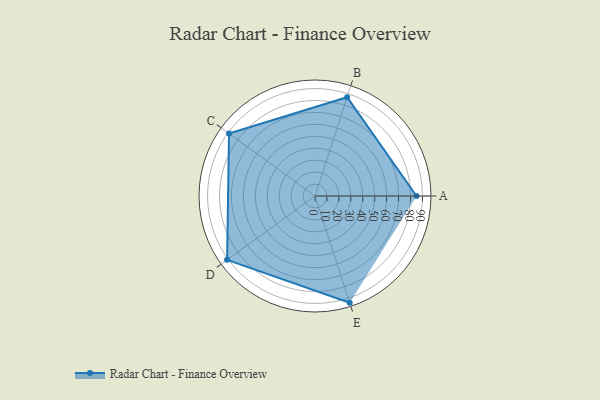
{"axis": {"x": "Skill", "y": "Score"}, "legend": ["Profile"], "data": [{"x": "A", "y": 85.0, "type": "Profile"}, {"x": "B", "y": 87.0, "type": "Profile"}, {"x": "C", "y": 89.0, "type": "Profile"}, {"x": "D", "y": 91.0, "type": "Profile"}, {"x": "E", "y": 94.0, "type": "Profile"}]}